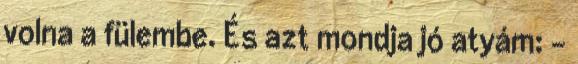
volna a fülembe. És azt mondja jó atyám: -